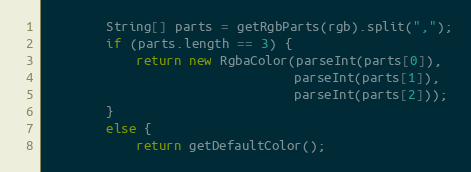
Language: Java
        String[] parts = getRgbParts(rgb).split(",");
        if (parts.length == 3) {
            return new RgbaColor(parseInt(parts[0]),
                                 parseInt(parts[1]),
                                 parseInt(parts[2]));
        }
        else {
            return getDefaultColor();